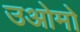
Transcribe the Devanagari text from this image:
उओमो